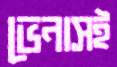
ভেনাসই